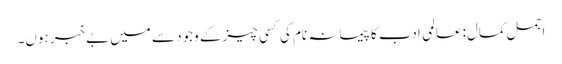
اجمل کمال:عالمی ادب کا پیمانہ نام کی کسی چیز کے وجود سے میں بےخبر ہوں۔